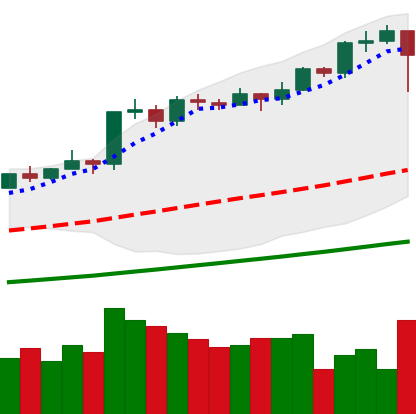
Ticker: BTC-USD
Chart end date: 2021-02-22
Forward return: -14.793%
Label: down_7plus